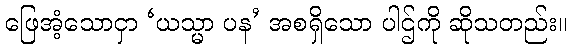
ဖြေအံ့သောငှာ ‘ယသ္မာ ပန’ အစရှိသော ပါဌ်ကို ဆိုသတည်း။